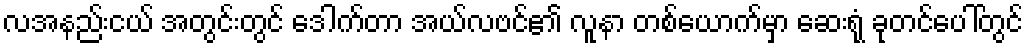
လအနည်းငယ် အတွင်းတွင် ဒေါက်တာ အယ်လဗင်၏ လူနာ တစ်ယောက်မှာ ဆေးရုံ ခုတင်ပေါ်တွင်